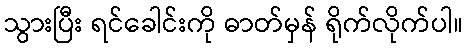
သွားပြီး ရင်ခေါင်းကို ဓာတ်မှန် ရိုက်လိုက်ပါ။